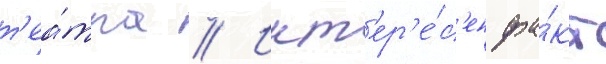
т'еа́тра // Инт'ер'е́с'ен фа́кт